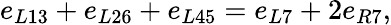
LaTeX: e_{L13}+e_{L26}+e_{L45}=e_{L7}+2e_{R7},